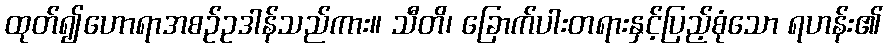
ထုတ်၍ဟောရာအစဉ်ဥဒါန်သည်ကား။ သီတိ၊ ခြောက်ပါးတရားနှင့်ပြည့်စုံသော ရဟန်း၏